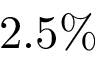
2 . 5 \%